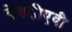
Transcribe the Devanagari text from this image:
वेबडीएवी